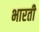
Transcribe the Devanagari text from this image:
भारतीे